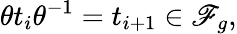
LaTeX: \theta t_{i}\theta^{-1}=t_{i+1}\in\mathscr{F}_{g},